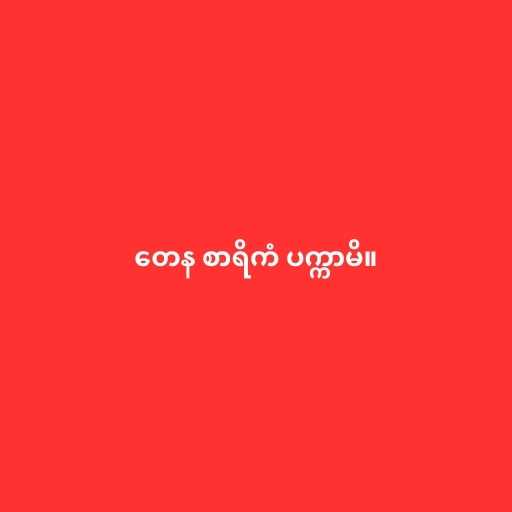
တေန စာရိကံ ပက္ကာမိ။